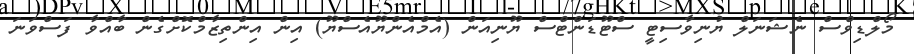
މޯލްޑިވްސް ނެޝަނަލް ޔުނިވާސިޓީ ސްޓޫޑަންޓްސް ޔޫނިއަން (އެމްއެންޔޫއެސްޔޫ) އިން އިންތިޒާމްކޮށްގެން ބާއްވާ ފަސްވަނަ